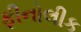
ફીનોલીક